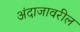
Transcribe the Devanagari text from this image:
अंदाजावरील